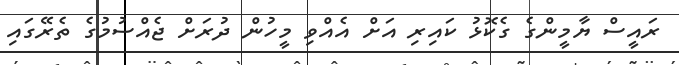
ރައީސް ޔާމީންގެ ގެކޮޅު ކައިރި އަށް އެއްވި މީހުން ދުރަށް ޖެއްސުމުގެ ތެރޭގައި